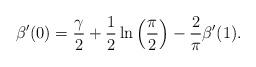
LaTeX: \begin{align*}\beta^{\prime}(0) = \frac{\gamma}{2} + \frac{1}{2}\ln\left(\frac{\pi}{2}\right) - \frac{2}{\pi}\beta^{\prime}(1).\end{align*}